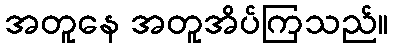
အတူနေ အတူအိပ်ကြသည်။